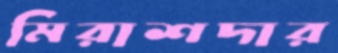
মিরাশদার